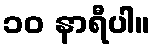
၁၀ နာရီပါ။